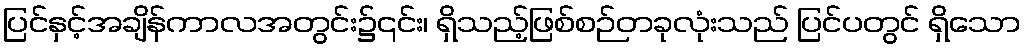
ပြင်နှင့်အချိန်ကာလအတွင်း၌၎င်း၊ ရှိသည့်ဖြစ်စဉ်တခုလုံးသည် ပြင်ပတွင် ရှိသော